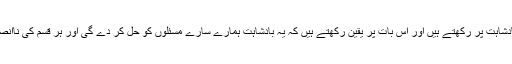
‏“‏ ہم اپنا دھیان خدا کی بادشاہت پر رکھتے ہیں اور اِس بات پر یقین رکھتے ہیں کہ یہ بادشاہت ہمارے سارے مسئلوں کو حل کر دے گی اور ہر قسم کی نااِنصافی کو ختم کر دے گی۔